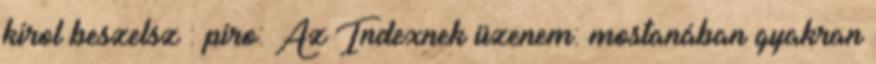
kirol beszelsz : piro: Az Indexnek üzenem: mostanában gyakran